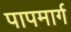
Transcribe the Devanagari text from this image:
पापमार्ग